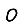
Digit: 0